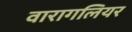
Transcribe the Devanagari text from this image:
वारागलियर